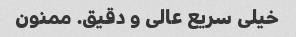
خیلی سریع عالی و دقیق. ممنون